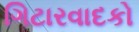
ગિટારવાદકો